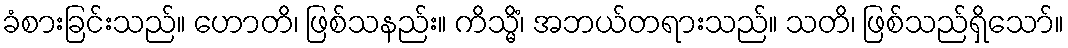
ခံစားခြင်းသည်။ ဟောတိ၊ ဖြစ်သနည်း။ ကိသ္မိံ၊ အဘယ်တရားသည်။ သတိ၊ ဖြစ်သည်ရှိသော်။